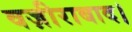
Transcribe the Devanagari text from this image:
वज़ीराबाद।